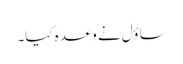
ساؤل نے وعدہ کیا۔